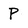
Character: P